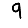
Digit: 9